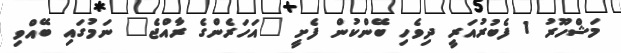
މަޝްހޫރު 1 ފެބުރުއަރީ ދިވެހި ބޭންކުން ފެށީ "އަހަރެންގެ ރާއްޖެ" ނަމުގައި ބޭއްވި